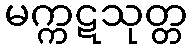
မက္ကဋသုတ္တ